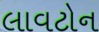
લાવટોન